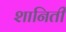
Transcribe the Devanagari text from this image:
शानिती